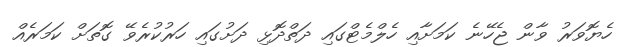
ހެޔޮވަރު ވާން ޖެހޭނެ ކަމަށާއި ހެލްމެޓްގައި ދަތްދޮޅި ދަށުގައި ހަރުކުރެވޭ ގޮތަށް ކަމަރެއް